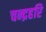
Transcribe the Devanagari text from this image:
चन्द्रहरि